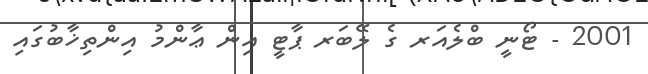
2001 - ޓޯނީ ބްލެއަރ ގެ ލޭބަރ ޕާޓީ އިން ޢާންމު އިންތިޚާބުގައި